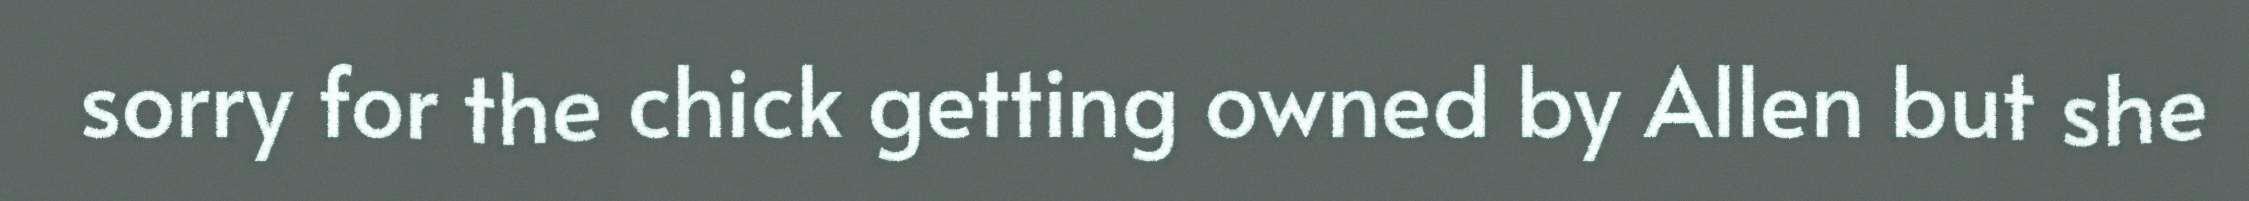
sorry for the chick getting owned by Allen but she